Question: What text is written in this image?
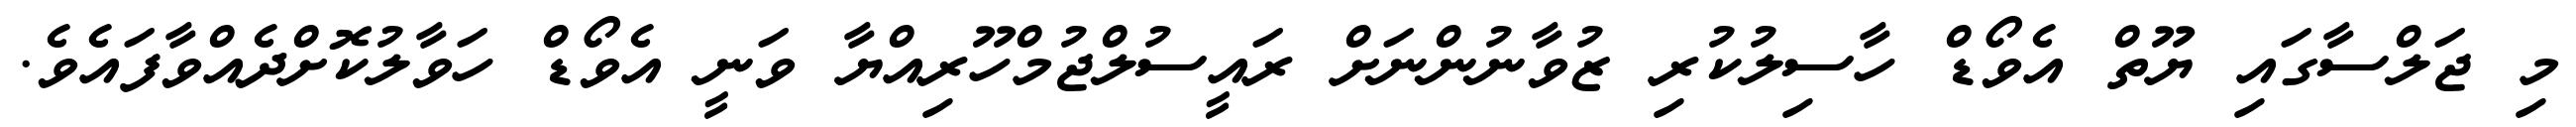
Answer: މި ޖަލްސާގައި ޔޫތް އެވޯޑް ހާސިލުކުރި ޒުވާނުންނަށް ރައީސުލްޖުމްހޫރިއްޔާ ވަނީ އެވޯޑް ހަވާލުކޮށްދެއްވާފައެވެ.